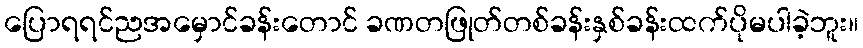
ပြောရရင်ညအမှောင်ခန်းတောင် ခဏတဖြုတ်တစ်ခန်းနှစ်ခန်းထက်ပိုမပါခဲ့ဘူး။